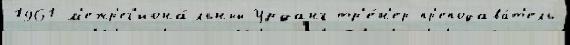
1961 м'ежр'ег'иона́льный Урданг тр'е́н'ер-пр'еподава́т'ель